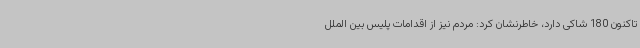
تاکنون 180 شاکی دارد، خاطرنشان کرد: مردم نیز از اقدامات پلیس بین الملل